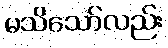
မသိသော်လည်း